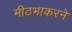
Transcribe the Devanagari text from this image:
मीठभाकरने